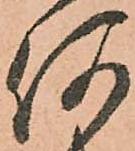
何